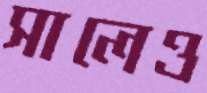
সালেও